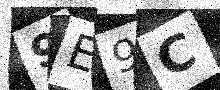
Text: 9E9C